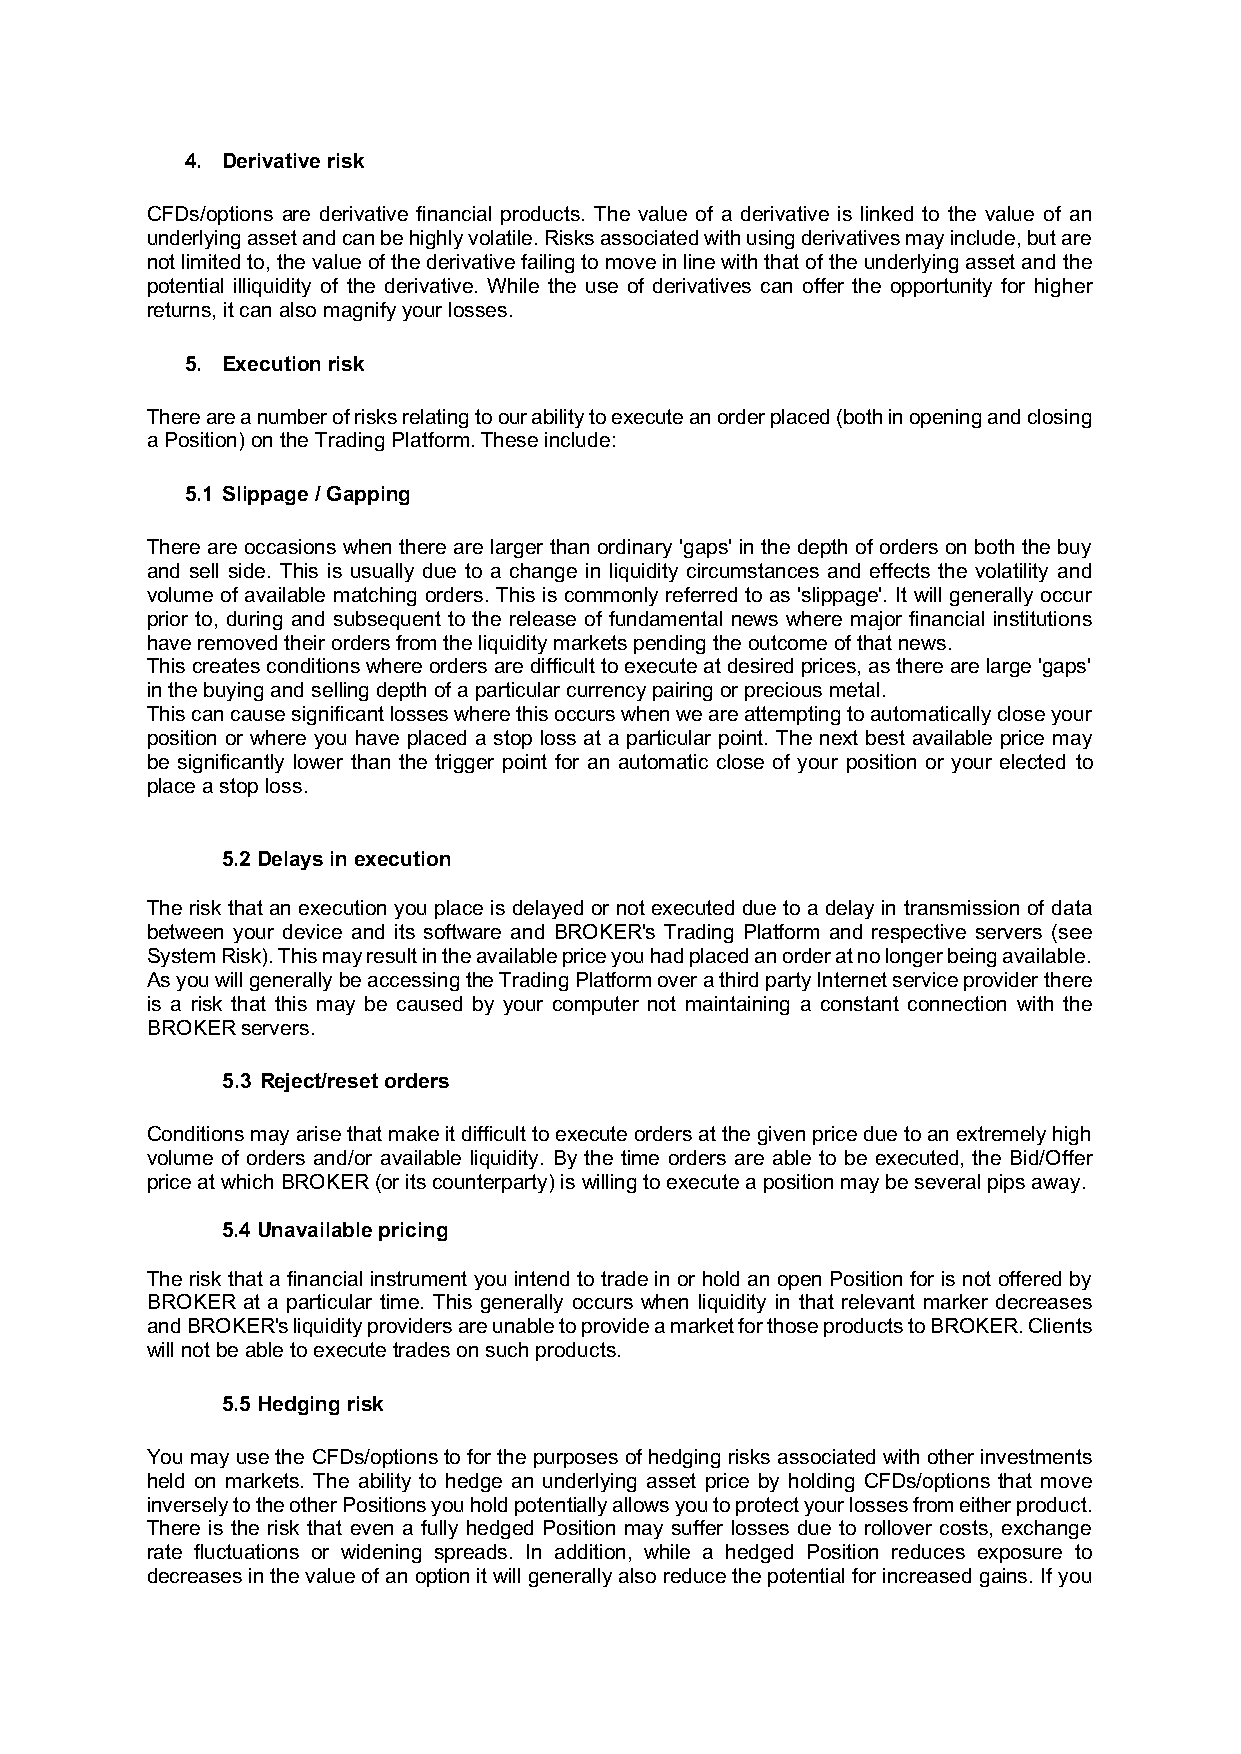
4. Derivative risk
 CFDs/options are derivative financial products. The value of a derivative is linked to the value of an
 underlying asset and can be highly volatile. Risks associated with using derivatives may include, but are
 not limited to, the value of the derivative failing to move in line with that of the underlying asset and the
 potential illiquidity of the derivative. While the use of derivatives can offer the opportunity for higher
 returns, it can also magnify your losses.
 5. Execution risk
 There are a number of risks relating to our ability to execute an order placed (both in opening and closing
 a Position) on the Trading Platform. These include:
 5.1 Slippage / Gapping
 There are occasions when there are larger than ordinary 'gaps' in the depth of orders on both the buy
 and sell side. This is usually due to a change in liquidity circumstances and effects the volatility and
 volume of available matching orders. This is commonly referred to as 'slippage'. It will generally occur
 prior to, during and subsequent to the release of fundamental news where major financial institutions
 have removed their orders from the liquidity markets pending the outcome of that news.
 This creates conditions where orders are difficult to execute at desired prices, as there are large 'gaps'
 in the buying and selling depth of a particular currency pairing or precious metal.
 This can cause significant losses where this occurs when we are attempting to automatically close your
 position or where you have placed a stop loss at a particular point. The next best available price may
 be significantly lower than the trigger point for an automatic close of your position or your elected to
 place a stop loss.
 5.2 Delays in execution
 The risk that an execution you place is delayed or not executed due to a delay in transmission of data
 between your device and its software and BROKER's Trading Platform and respective servers (see
 System Risk). This may result in the available price you had placed an order at no longer being available.
 As you will generally be accessing the Trading Platform over a third party Internet service provider there
 is a risk that this may be caused by your computer not maintaining a constant connection with the
 BROKER servers.
 5.3 Reject/reset orders
 Conditions may arise that make it difficult to execute orders at the given price due to an extremely high
 volume of orders and/or available liquidity. By the time orders are able to be executed, the Bid/Offer
 price at which BROKER (or its counterparty) is willing to execute a position may be several pips away.
 5.4 Unavailable pricing
 The risk that a financial instrument you intend to trade in or hold an open Position for is not offered by
 BROKER at a particular time. This generally occurs when liquidity in that relevant marker decreases
 and BROKER's liquidity providers are unable to provide a market for those products to BROKER. Clients
 will not be able to execute trades on such products.
 5.5 Hedging risk
 You may use the CFDs/options to for the purposes of hedging risks associated with other investments
 held on markets. The ability to hedge an underlying asset price by holding CFDs/options that move
 inversely to the other Positions you hold potentially allows you to protect your losses from either product.
 There is the risk that even a fully hedged Position may suffer losses due to rollover costs, exchange
 rate fluctuations or widening spreads. In addition, while a hedged Position reduces exposure to
 decreases in the value of an option it will generally also reduce the potential for increased gains. If you